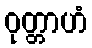
ဝုတ္တာဟံ